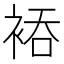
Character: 𮖂